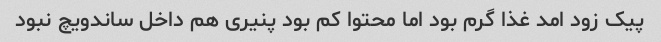
پیک زود امد غذا گرم بود اما محتوا کم بود پنیری هم داخل ساندویچ نبود